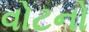
વોટનો